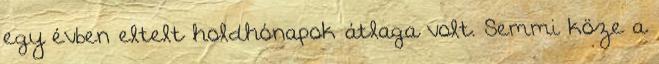
egy évben eltelt holdhónapok átlaga volt. Semmi köze a